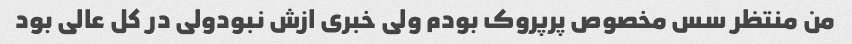
من منتظر سس مخصوص پرپروک بودم ولی خبری ازش نبودولی در کل عالی بود